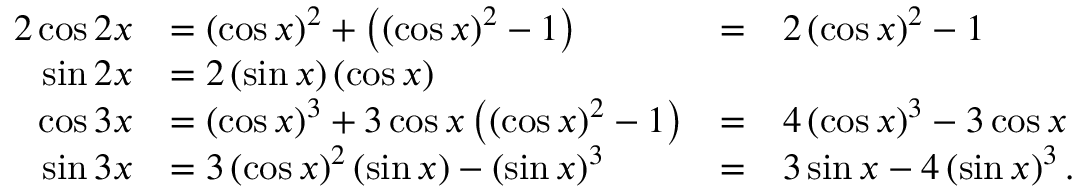
{ \begin{array} { r l r l } { { 2 } \cos 2 x } & { = \left( \cos x \right) ^ { 2 } + \left( \left( \cos x \right) ^ { 2 } - 1 \right) } & { = } & { 2 \left( \cos x \right) ^ { 2 } - 1 } \\ { \sin 2 x } & { = 2 \left( \sin x \right) \left( \cos x \right) } & & { } \\ { \cos 3 x } & { = \left( \cos x \right) ^ { 3 } + 3 \cos x \left( \left( \cos x \right) ^ { 2 } - 1 \right) } & { = } & { 4 \left( \cos x \right) ^ { 3 } - 3 \cos x } \\ { \sin 3 x } & { = 3 \left( \cos x \right) ^ { 2 } \left( \sin x \right) - \left( \sin x \right) ^ { 3 } } & { = } & { 3 \sin x - 4 \left( \sin x \right) ^ { 3 } . } \end{array} }